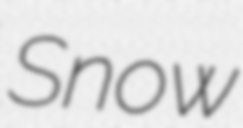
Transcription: Snow